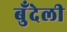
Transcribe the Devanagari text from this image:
बुँदेली